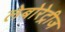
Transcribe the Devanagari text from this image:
लेबोरेट्रीज